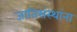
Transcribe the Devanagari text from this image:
जातिसंस्थांना